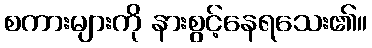
စကားများကို နားစွင့်နေရသေး၏။